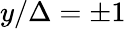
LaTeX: y/\Delta=\pm 1